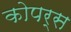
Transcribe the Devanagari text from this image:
कोपर्स